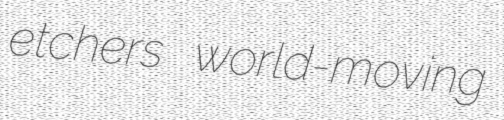
etchers world-moving